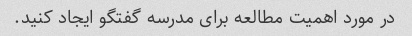
در مورد اهمیت مطالعه برای مدرسه گفتگو ایجاد کنید.